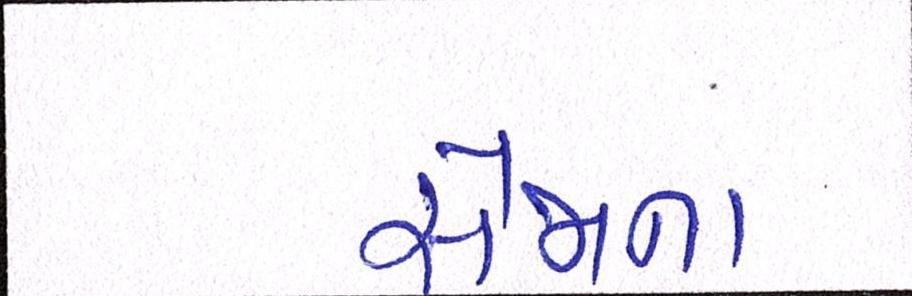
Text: સેજાના